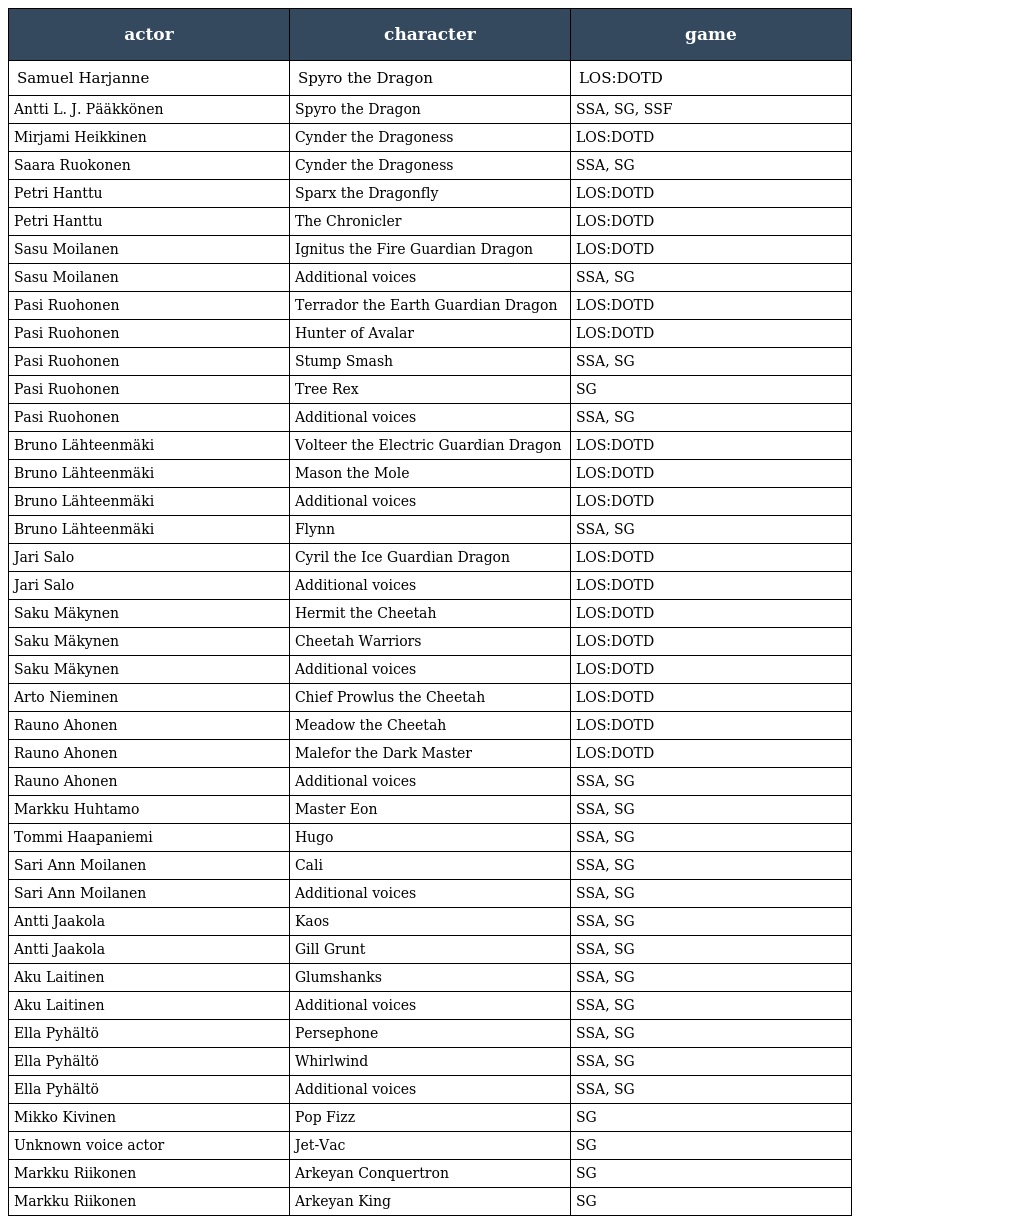
| actor | character | game |
 | --- | --- | --- |
 | Samuel Harjanne | Spyro the Dragon | LOS:DOTD |
 | Antti L. J. Pääkkönen | Spyro the Dragon | SSA, SG, SSF |
 | Mirjami Heikkinen | Cynder the Dragoness | LOS:DOTD |
 | Saara Ruokonen | Cynder the Dragoness | SSA, SG |
 | Petri Hanttu | Sparx the Dragonfly | LOS:DOTD |
 | Petri Hanttu | The Chronicler | LOS:DOTD |
 | Sasu Moilanen | Ignitus the Fire Guardian Dragon | LOS:DOTD |
 | Sasu Moilanen | Additional voices | SSA, SG |
 | Pasi Ruohonen | Terrador the Earth Guardian Dragon | LOS:DOTD |
 | Pasi Ruohonen | Hunter of Avalar | LOS:DOTD |
 | Pasi Ruohonen | Stump Smash | SSA, SG |
 | Pasi Ruohonen | Tree Rex | SG |
 | Pasi Ruohonen | Additional voices | SSA, SG |
 | Bruno Lähteenmäki | Volteer the Electric Guardian Dragon | LOS:DOTD |
 | Bruno Lähteenmäki | Mason the Mole | LOS:DOTD |
 | Bruno Lähteenmäki | Additional voices | LOS:DOTD |
 | Bruno Lähteenmäki | Flynn | SSA, SG |
 | Jari Salo | Cyril the Ice Guardian Dragon | LOS:DOTD |
 | Jari Salo | Additional voices | LOS:DOTD |
 | Saku Mäkynen | Hermit the Cheetah | LOS:DOTD |
 | Saku Mäkynen | Cheetah Warriors | LOS:DOTD |
 | Saku Mäkynen | Additional voices | LOS:DOTD |
 | Arto Nieminen | Chief Prowlus the Cheetah | LOS:DOTD |
 | Rauno Ahonen | Meadow the Cheetah | LOS:DOTD |
 | Rauno Ahonen | Malefor the Dark Master | LOS:DOTD |
 | Rauno Ahonen | Additional voices | SSA, SG |
 | Markku Huhtamo | Master Eon | SSA, SG |
 | Tommi Haapaniemi | Hugo | SSA, SG |
 | Sari Ann Moilanen | Cali | SSA, SG |
 | Sari Ann Moilanen | Additional voices | SSA, SG |
 | Antti Jaakola | Kaos | SSA, SG |
 | Antti Jaakola | Gill Grunt | SSA, SG |
 | Aku Laitinen | Glumshanks | SSA, SG |
 | Aku Laitinen | Additional voices | SSA, SG |
 | Ella Pyhältö | Persephone | SSA, SG |
 | Ella Pyhältö | Whirlwind | SSA, SG |
 | Ella Pyhältö | Additional voices | SSA, SG |
 | Mikko Kivinen | Pop Fizz | SG |
 | Unknown voice actor | Jet-Vac | SG |
 | Markku Riikonen | Arkeyan Conquertron | SG |
 | Markku Riikonen | Arkeyan King | SG |